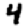
Digit: 4